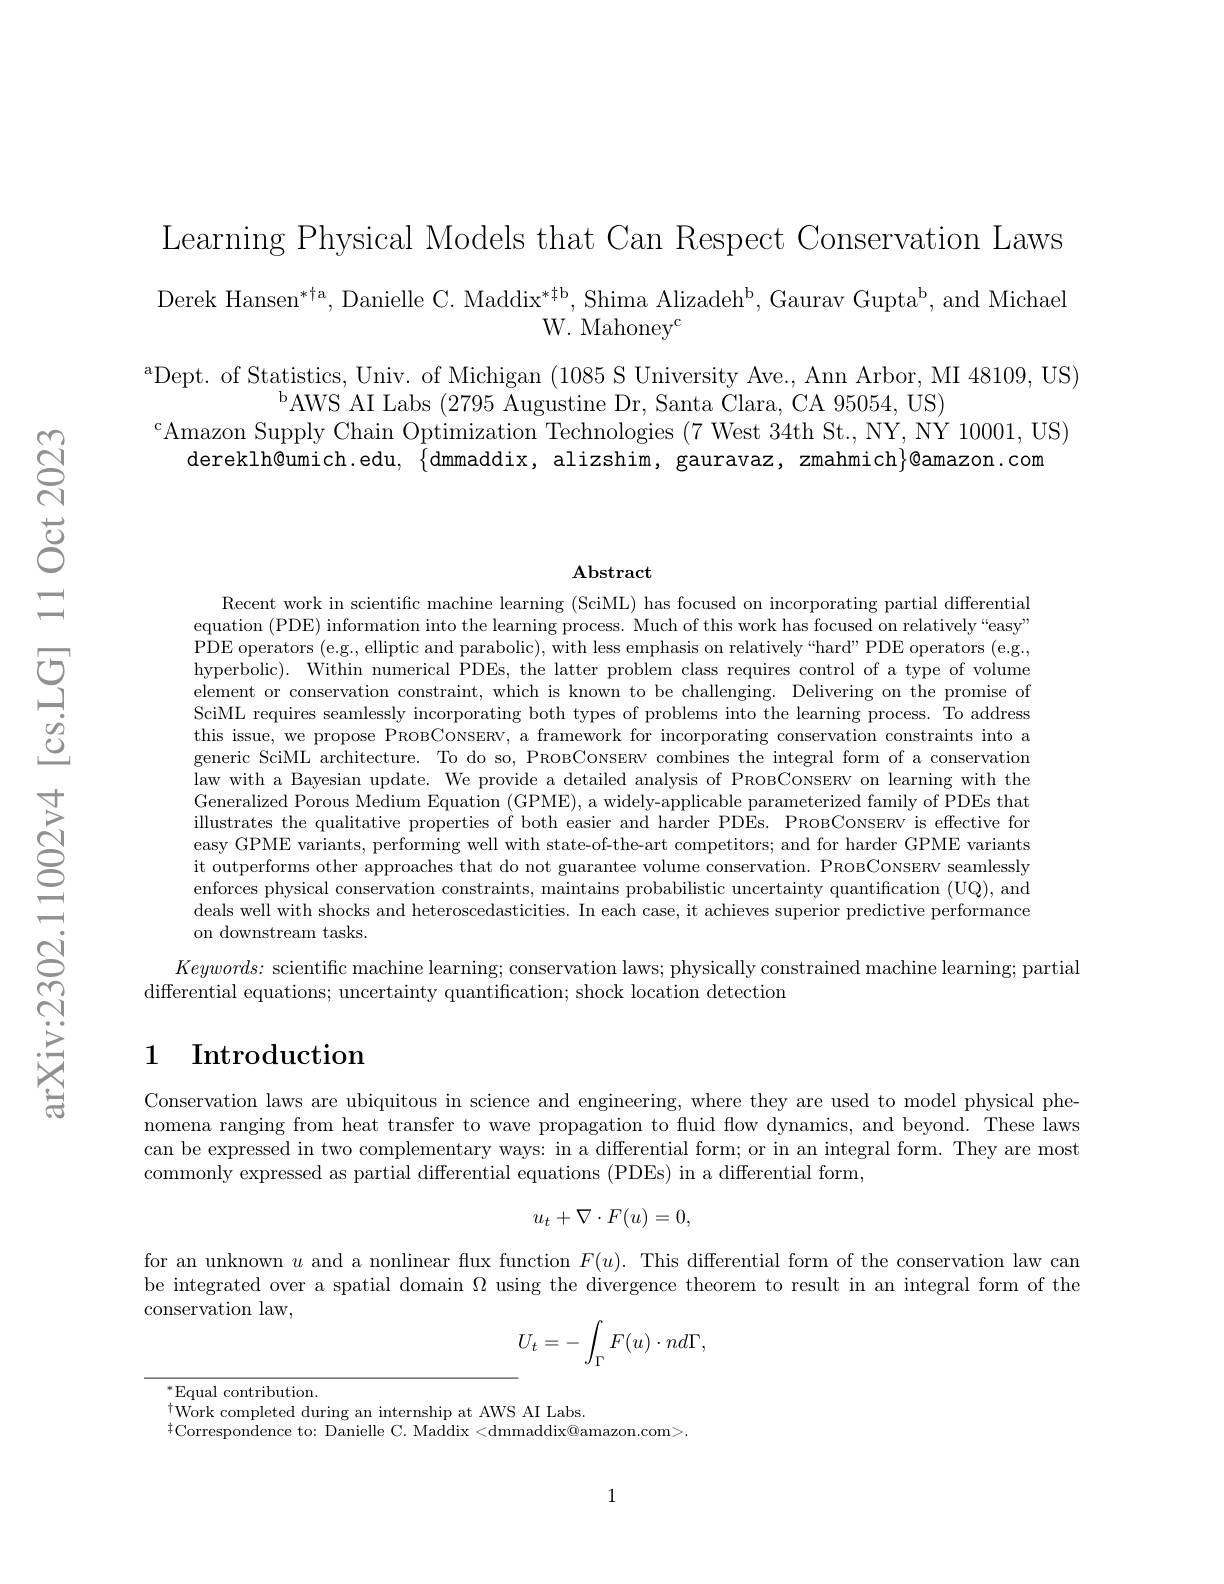
Learning Physical Models that Can Respect Conservation Laws

Derek Hansen$^*\dagger$a, Danielle C. Maddix$^* \ddagger$b, Shima Alizadeh$^\mathrm{b}$,Gaurav Gupta$^\mathrm{b}$,and Michael
W. Mahoney$^{\mathrm{c}}$

aDept. of Statistics, Univ. of Michigan (1085 S University Ave., Ann Arbor, MI 48109, US)
$^{\mathrm{b}}$AWS AI Labs (2795 Augustine Dr, Santa Clara, CA 95054, US)
$^{\mathrm{c}}$Amazon Supply Chain Optimization Technologies (7 West 34th St., NY, NY 10001, US)
dereklh@umich.edu, $\{$dmmaddix, alizshim, gauravaz, zmahmich$\}$@amazon.com

### $\operatorname{Abstract}$

Recent work in scientific machine learning (SciML) has focused on incorporating partial differential equation (PDE) information into the learning process. Much of this work has focused on relatively“easy” PDE operators (e.g., elliptic and parabolic), with less emphasis on relatively“hard” PDE operators (e.g., hyperbolic). Within numerical PDEs, the latter problem class requires control of a type of volume element or conservation constraint, which is known to be challenging. Delivering on the promise of SciML requires seamlessly incorporating both types of problems into the learning process. To address this issue, we propose PROBCONSERV, a framework for incorporating conservation constraints into a generic SciML architecture. To do so, PRoBCoNsERV combines the integral form of a conservation law with a Bayesian update. We provide a detailed analysis of PRoBCoNsERV on learning with the Generalized Porous Medium Equation (GPME), a widely-applicable parameterized family of PDEs that illustrates the qualitative properties of both easier and harder PDEs. PRoBCoNSERV is effective for easy GPME variants, performing well with state-of-the-art competitors; and for harder GPME variants it outperforms other approaches that do not guarantee volume conservation. PROBCoNsERV seamlessly enforces physical conservation constraints, maintains probabilistic uncertainty quantification (UQ), and deals well with shocks and heteroscedasticities. In each case, it achieves superior predictive performance on downstream tasks.
$Keywords:$ scientific machine learning; conservation laws; physically constrained machine learning; partial

differential equations; uncertainty quantification; shock location detection

## 1 Introduction

Conservation laws are ubiquitous in science and engineering, where they are used to model physical phenomena ranging from heat transfer to wave propagation to fluid flow dynamics, and beyond. These laws can be expressed in two complementary ways: in a differential form; or in an integral form. They are most commonly expressed as partial differential equations (PDEs) in a differential form,
$$u_t+\nabla\cdot F(u)=0,$$
for an unknown $u$ and a nonlinear flux function $F(u).$ This differential form of the conservation law can be integrated over a spatial domain $\Omega$ using the divergence theorem to result in an integral form of the conservation law,
$$U_t=-\int_\Gamma F(u)\cdot nd\Gamma,$$
$^*$Equal contribution.
$^{\dagger}$Work completed during an internship at AWS AI Labs.
${}^{\ddagger}{\mathrm{Correspondence~to:~Danielle~C.~Maddix~<dmmaddix@amazon.com>.}}$

1